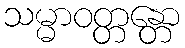
သမ္မာဝတ္တန္တော